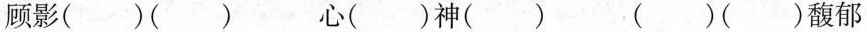
顾影()() 心()神() ()()馥郁